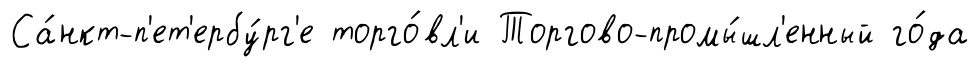
Са́нкт-п'ет'ербу́рг'е торго́вл'и Торгово-промы́шл'енный го́да